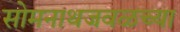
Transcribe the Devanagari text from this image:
सोमनाथजवळच्या